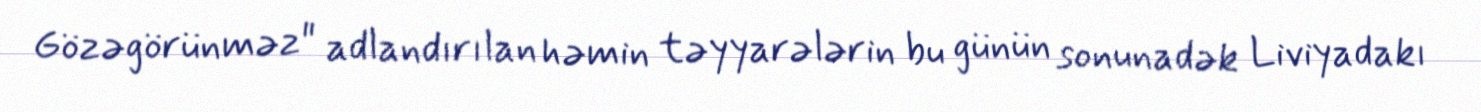
Gözəgörünməz" adlandırılan həmin təyyarələrin bu günün sonunadək Liviyadakı